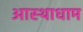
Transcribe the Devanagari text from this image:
आस्थाधाम